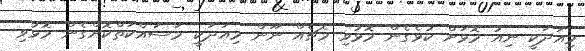
މިއަދަކީ ނިއު މޮޅަށް ކުޅެގެން މޮޅުވި މެޗެއް ނޫން މިއަދަކީ މަސައްކަތްކޮށްގެން މޮޅުވި